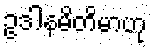
ဥဒါနမိတိမာဟု